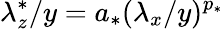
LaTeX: \lambda_{z}^{*}/y=a_{*}(\lambda_{x}/y)^{p_{*}}